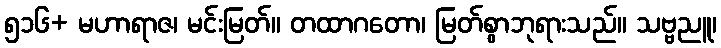
၅၁၆+ မဟာရာဇ၊ မင်းမြတ်။ တထာဂတော၊ မြတ်စွာဘုရားသည်။ သဗ္ဗညူ၊